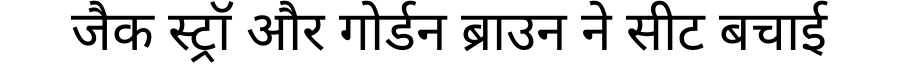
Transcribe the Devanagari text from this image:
जैक स्ट्रॉ और गोर्डन ब्राउन ने सीट बचाई